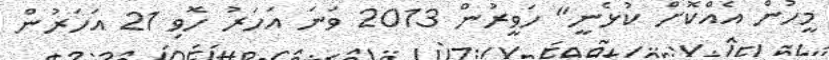
މީހުން އެއްކޮށް ކުޅެނީ" ހަވީރުން 2013 ވަނަ އަހަރު ހޮވި 21 އަހަރުން